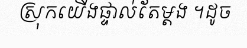
ស្រុកយើងផ្ទាល់តែម្តង ។ដូច